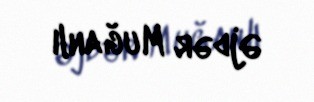
Əjdər Muğanlı